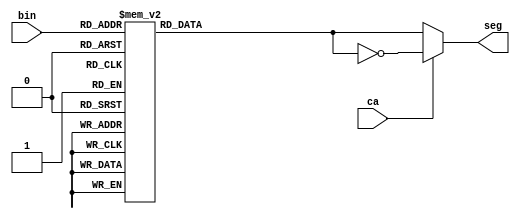
module bin2seg(
    input ca,
    input [3:0] bin,
    output reg [1:7] seg
    ); 
always @(*)
    begin
    seg = 7'b000_0000; //default all segments off  
    case(bin) //abcdefg
        0: seg = 7'b111_1110;
        1: seg = 7'b011_0000;
        2: seg = 7'b110_1101;
        3: seg = 7'b111_1001;
        4: seg = 7'b011_0011;
        5: seg = 7'b101_1011;
        6: seg = 7'b101_1111;
        7: seg = 7'b111_0010;
        8: seg = 7'b111_1111;
        9: seg = 7'b111_0011;
        10: seg = 7'b111_0111;
        11: seg = 7'b001_1111;
        12: seg = 7'b100_1110;
        13: seg = 7'b011_1101;
        14: seg = 7'b100_1111;
        15: seg = 7'b100_0111;
    endcase
        if(ca)seg=~seg; //flip polarity for common anode
        end  
endmodule